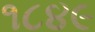
૧૮૪૯